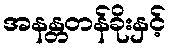
အနန္တတန်ခိုးနှင့်